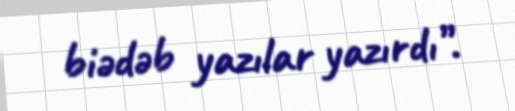
biədəb yazılar yazırdı”.